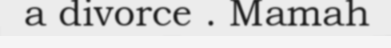
a divorce . Mamah